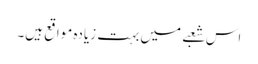
اس شعبے میں بہت زیادہ مواقع ہیں۔